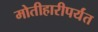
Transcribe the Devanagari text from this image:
मोतीहारीपर्यंत